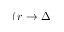
( r \rightarrow \Delta